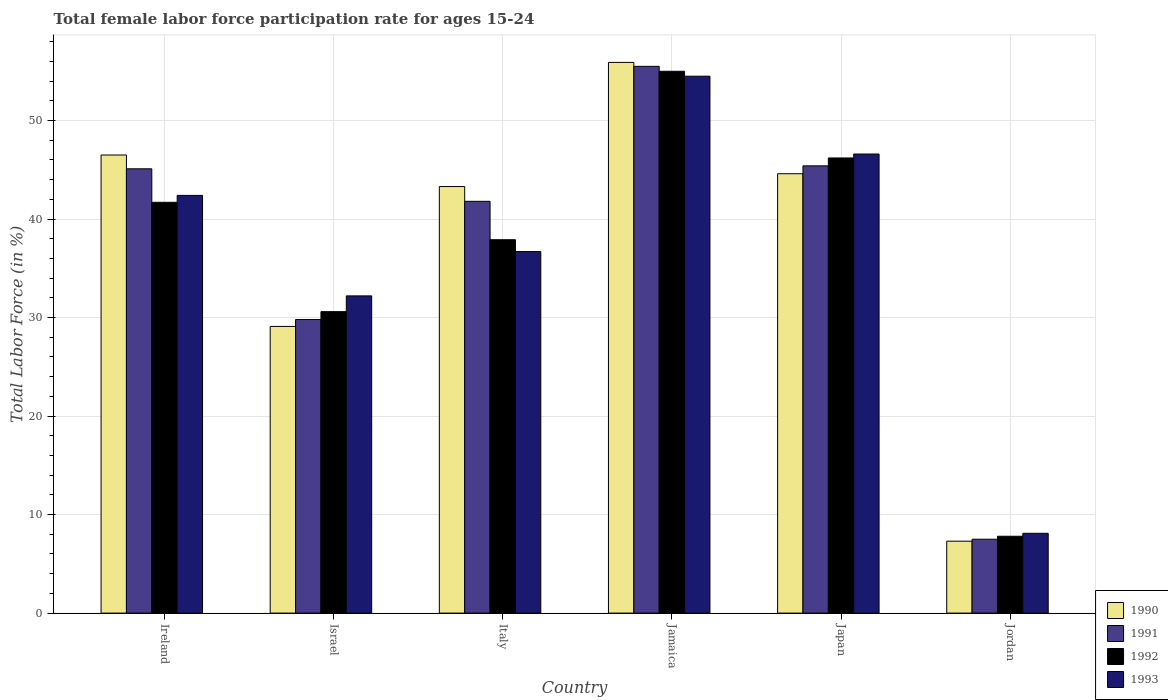
| Country | 1990 | 1991 | 1992 | 1993 |
 | --- | --- | --- | --- | --- |
 | Ireland | 46.5 | 45.1 | 41.7 | 42.4 |
 | Israel | 29.1 | 29.8 | 30.6 | 32.2 |
 | Italy | 43.3 | 41.8 | 37.9 | 36.7 |
 | Jamaica | 55.9 | 55.5 | 55 | 54.5 |
 | Japan | 44.6 | 45.4 | 46.2 | 46.6 |
 | Jordan | 7.3 | 7.5 | 7.8 | 8.1 |